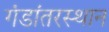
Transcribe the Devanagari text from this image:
गंडांतरस्थान